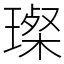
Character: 𤨪